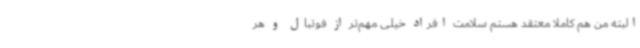
البته من هم کاملا معتقد هستم سلامت افراد خیلی مهم‌تر از فوتبال و هر